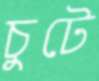
চুটে